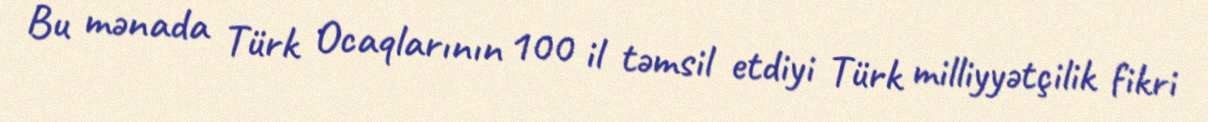
Bu mənada Türk Ocaqlarının 100 il təmsil etdiyi Türk milliyyətçilik fikri